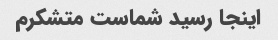
اینجا رسید شماست متشکرم